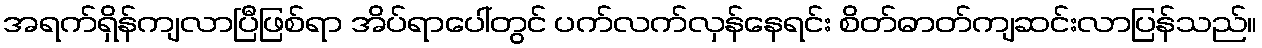
အရက်ရှိန်ကျလာပြီဖြစ်ရာ အိပ်ရာပေါ်တွင် ပက်လက်လှန်နေရင်း စိတ်ဓာတ်ကျဆင်းလာပြန်သည်။